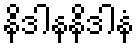
နိဒါနနိဒါနံ